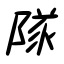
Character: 隊